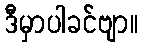
ဒီမှာပါခင်ဗျာ။